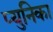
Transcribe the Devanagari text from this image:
प्युनिका